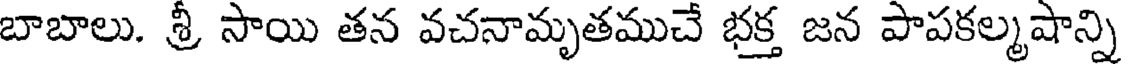
బాబాలు. శ్రీ సాయి తన వచనామృతముచే భక్త జన పాపకల్మషాన్ని